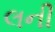
લની